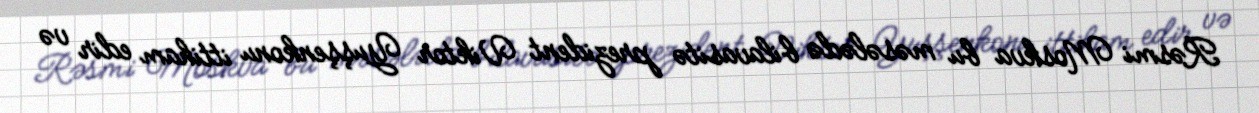
Rəsmi Moskva bu məsələdə bilavasitə prezident Viktor Yuşşenkonu ittiham edir və